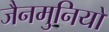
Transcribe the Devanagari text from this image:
जैनमुनियों